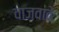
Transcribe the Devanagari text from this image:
वाजवावे